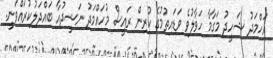
އަހްމަދު ޝަހީދު މަގާމާ ހަވާލުވެ ވަޑައިތުމުގެ ކުރިން ރައީސް މުހައްމަދު ނަޝީދުއާ ބައްދަލުކުރައްވަނީ.